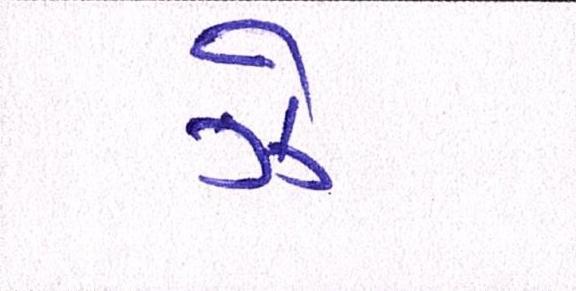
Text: ઝેૄ